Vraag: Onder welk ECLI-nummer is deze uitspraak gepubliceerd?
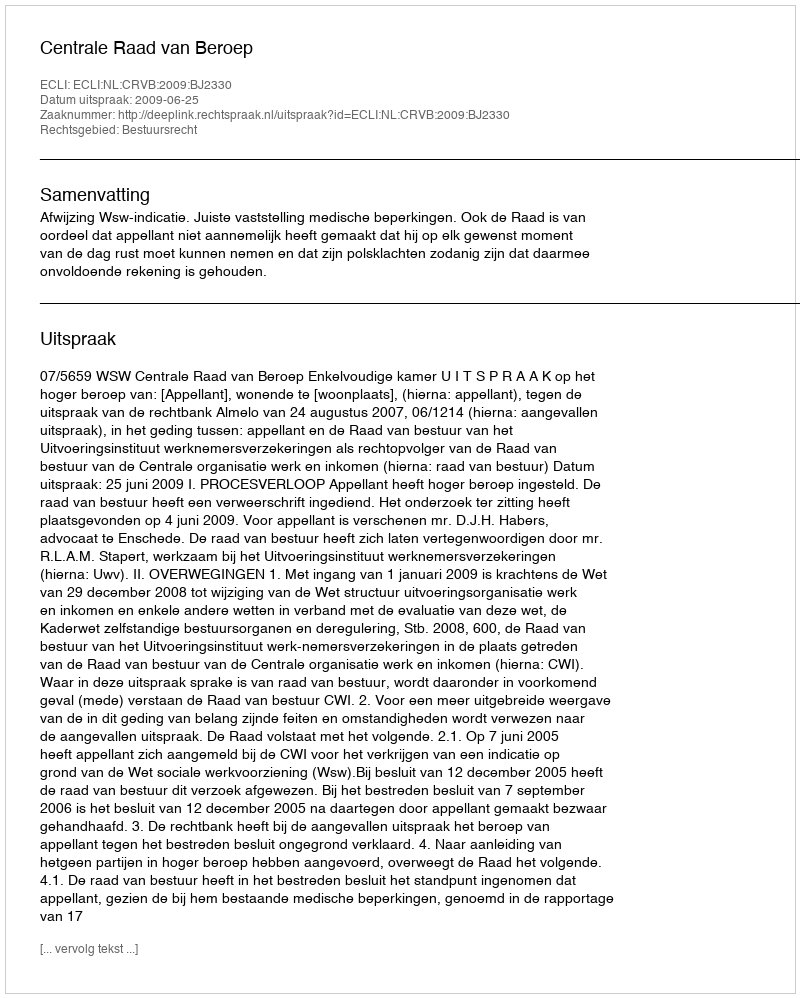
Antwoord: ECLI:NL:CRVB:2009:BJ2330